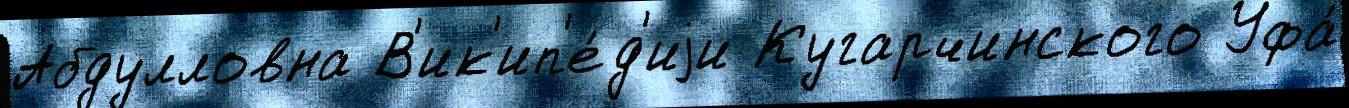
Абдулловна В'ик'ип'е́д'иjи Кугарчинского Уфа́